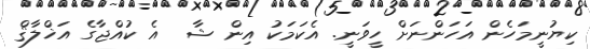
ކިޔުނީމަހެން އަހަންނަށް ހީވަނީ. އެކަމަކު އިން ޝާ  އެ ކުއްޖާގެ އަޚްލާޤް